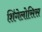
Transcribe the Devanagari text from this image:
शिंगेलोसिस